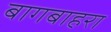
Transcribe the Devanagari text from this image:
बागबाहरा